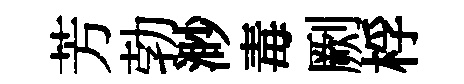
芳勃渺毒劂桴